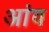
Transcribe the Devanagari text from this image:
अांव